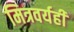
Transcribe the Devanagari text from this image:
मित्रवर्यही